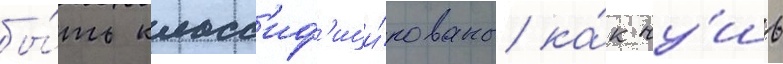
бы́ть класс'иф'ици́рованы ка́к чу́шь